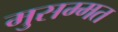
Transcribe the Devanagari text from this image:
मुसम्मत